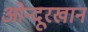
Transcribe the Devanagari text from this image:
ओन्दूरखान